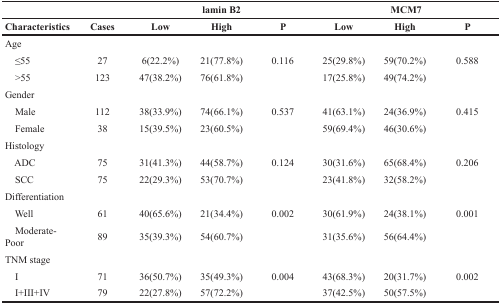
<table><thead><tr><td></td><td></td><td></td><td><b>lamin B2</b></td><td></td><td></td><td><b>MCM7</b></td><td></td></tr><tr><td><b>Characteristics</b></td><td><b>Cases</b></td><td><b>Low</b></td><td><b>High</b></td><td><b>P</b></td><td><b>Low</b></td><td><b>High</b></td><td><b>P</b></td></tr></thead><tbody><tr><td>Age</td><td></td><td></td><td></td><td></td><td></td><td></td><td></td></tr><tr><td> ≤55</td><td>27</td><td>6(22.2%)</td><td>21(77.8%)</td><td>0.116</td><td>25(29.8%)</td><td>59(70.2%)</td><td>0.588</td></tr><tr><td> &gt;55</td><td>123</td><td>47(38.2%)</td><td>76(61.8%)</td><td></td><td>17(25.8%)</td><td>49(74.2%)</td><td></td></tr><tr><td>Gender</td><td></td><td></td><td></td><td></td><td></td><td></td><td></td></tr><tr><td> Male</td><td>112</td><td>38(33.9%)</td><td>74(66.1%)</td><td>0.537</td><td>41(63.1%)</td><td>24(36.9%)</td><td>0.415</td></tr><tr><td> Female</td><td>38</td><td>15(39.5%)</td><td>23(60.5%)</td><td></td><td>59(69.4%)</td><td>46(30.6%)</td><td></td></tr><tr><td>Histology</td><td></td><td></td><td></td><td></td><td></td><td></td><td></td></tr><tr><td> ADC</td><td>75</td><td>31(41.3%)</td><td>44(58.7%)</td><td>0.124</td><td>30(31.6%)</td><td>65(68.4%)</td><td>0.206</td></tr><tr><td> SCC</td><td>75</td><td>22(29.3%)</td><td>53(70.7%)</td><td></td><td>23(41.8%)</td><td>32(58.2%)</td><td></td></tr><tr><td>Differentiation</td><td></td><td></td><td></td><td></td><td></td><td></td><td></td></tr><tr><td> Well</td><td>61</td><td>40(65.6%)</td><td>21(34.4%)</td><td>0.002</td><td>30(61.9%)</td><td>24(38.1%)</td><td>0.001</td></tr><tr><td> Moderate-Poor</td><td>89</td><td>35(39.3%)</td><td>54(60.7%)</td><td></td><td>31(35.6%)</td><td>56(64.4%)</td><td></td></tr><tr><td>TNM stage</td><td></td><td></td><td></td><td></td><td></td><td></td><td></td></tr><tr><td> I</td><td>71</td><td>36(50.7%)</td><td>35(49.3%)</td><td>0.004</td><td>43(68.3%)</td><td>20(31.7%)</td><td>0.002</td></tr><tr><td> I+III+IV</td><td>79</td><td>22(27.8%)</td><td>57(72.2%)</td><td></td><td>37(42.5%)</td><td>50(57.5%)</td><td></td></tr></tbody></table>